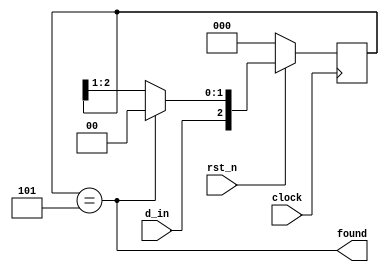
module lab6_seq_101 (
  input rst_n, clock,
  input d_in,
  output found
);

  wire clear;
  reg [2:0] s_reg;

  always @( posedge clock )
    if( !rst_n )
      s_reg <= 0;
    else
      if( clear )
        s_reg <= {d_in, 2'b00};
      else
        s_reg <= {d_in, s_reg[2:1]};

  assign found = ( s_reg == 3'b101 );
  assign clear = found;

endmodule